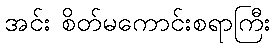
အင်း စိတ်မကောင်းစရာကြီး